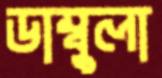
ডাম্বুলা